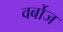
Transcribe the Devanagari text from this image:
वर्बोज